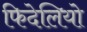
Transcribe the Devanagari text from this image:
फिदेलियो